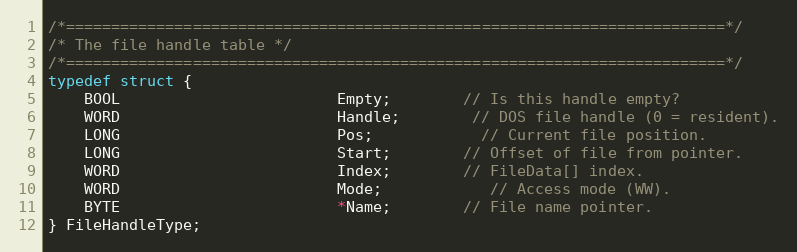
Language: C
/*=========================================================================*/
/* The file handle table */
/*=========================================================================*/
typedef struct {
	BOOL						Empty;		// Is this handle empty?
	WORD						Handle;		// DOS file handle (0 = resident).
	LONG						Pos;			// Current file position.
	LONG						Start;		// Offset of file from pointer.
	WORD						Index;		// FileData[] index.
	WORD						Mode;			// Access mode (WW).
	BYTE						*Name;		// File name pointer.
} FileHandleType;